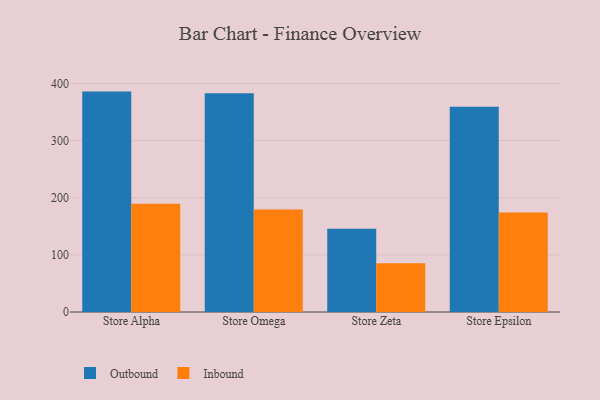
{"axis": {"x": "Store", "y": "Churn Rate (%)"}, "legend": ["Inbound", "Outbound"], "data": [{"x": "Store Alpha", "y": 385.7, "type": "Outbound"}, {"x": "Store Alpha", "y": 189.5, "type": "Inbound"}, {"x": "Store Omega", "y": 382.8, "type": "Outbound"}, {"x": "Store Omega", "y": 179.4, "type": "Inbound"}, {"x": "Store Zeta", "y": 145.6, "type": "Outbound"}, {"x": "Store Zeta", "y": 85.3, "type": "Inbound"}, {"x": "Store Epsilon", "y": 359.1, "type": "Outbound"}, {"x": "Store Epsilon", "y": 174.1, "type": "Inbound"}]}